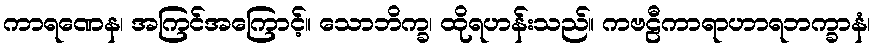
ကာရဏေန၊ အကြင်အကြောင့်။ သောဘိက္ခ၊ ထိုရဟန်းသည်။ ကဗဠီကာရာဟာရဘက္ခာနံ၊